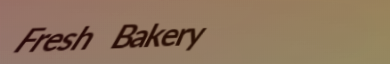
Fresh Bakery